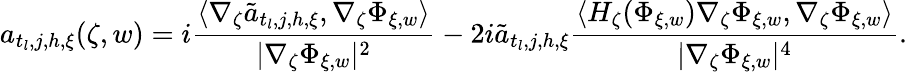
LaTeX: a_{t_{l},j,h,\xi}(\zeta,w)=i\frac{\langle\nabla_{\zeta}\tilde{a}_{t_{l},j,h,\xi},\nabla_{\zeta}\Phi_{\xi,w}\rangle}{|\nabla_{\zeta}\Phi_{\xi,w}|^{2}}-2i\tilde{a}_{t_{l},j,h,\xi}\frac{\langle H_{\zeta}(\Phi_{\xi,w})\nabla_{\zeta}\Phi_{\xi,w},\nabla_{\zeta}\Phi_{\xi,w}\rangle}{|\nabla_{\zeta}\Phi_{\xi,w}|^{4}}.